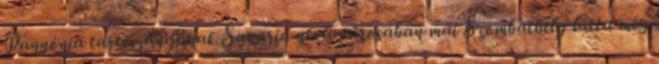
Pannónia tartományának Savaria nevű városában mai Szombathely látta meg